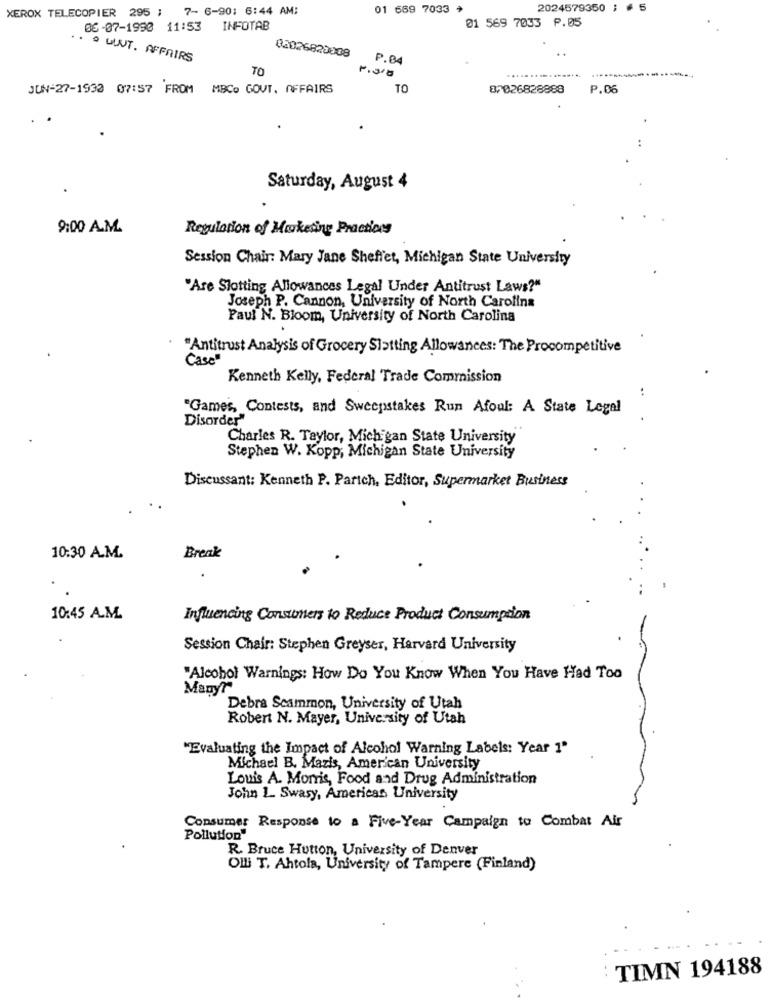
XEROX TELECOPIER 295 ; 7- 6-90: 6:44 AM:
01 669 7033
2024579350 ; # 5
01 569 7033 P.05
06-07-1990 11:53 INFOTAB
02026820008
.. . ULUT. AFFAIRS
P.B4
TO
JUN-27-1930 07:57 FROM MBCo GOVT. AFFAIRS
TO
87026828888
P.06
Saturday, August 4
9:00 A.M.
Regulation of Marketing Practices
Session Chair: Mary Jane Sheffet, Michigan State University
"Are Slotting Allowances Legal Under Antitrust Laws?"
Joseph P. Cannon, University of North Carolina
Paul N. Bloom, University of North Carolina
"Antitrust Analysis of Grocery Slatting Allowances: The Procompetitive
Case"
Kenneth Kelly, Federal Trade Commission
"Games, Contests, and Sweepstakes Run Afoul: A State Legal
Disorder"
Charles R. Taylor, Michigan State University
Stephen W. Kopp, Michigan State University
Discussant: Kenneth P. Partch, Editor, Supermarket Business
10:30 A.M.
Break
10:45 A.M.
Influencing Consumers to Reduce Product Consumption
Session Chair: Stephen Greyser, Harvard University
"Alcohol Warnings: How Do You Know When You Have Had Too
Manyr
Debra Scammon, University of Utah
Robert N. Mayer, University of Utah
"Evaluating the Impact of Alcohol Warning Labels: Year 1"
Michael B. Mazis, American University
Louis A. Morris, Food and Drug Administration
John 1. Swasy, American University
Consumer Response to a Five-Year Campaign to Combat Air
Pollution"
R. Bruce Hutton, University of Denver
OIL T. Ahtola, University of Tampere (Finland)
TIMN 194188